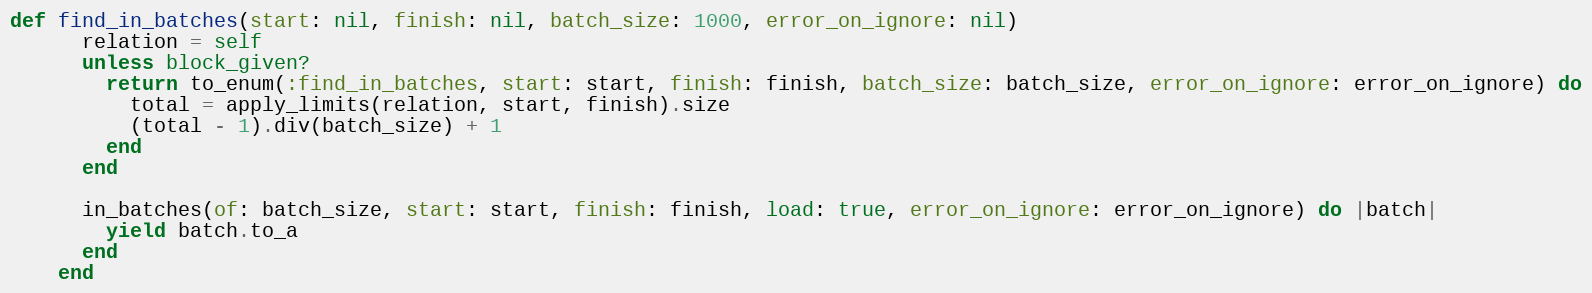
Language: Ruby
def find_in_batches(start: nil, finish: nil, batch_size: 1000, error_on_ignore: nil)
      relation = self
      unless block_given?
        return to_enum(:find_in_batches, start: start, finish: finish, batch_size: batch_size, error_on_ignore: error_on_ignore) do
          total = apply_limits(relation, start, finish).size
          (total - 1).div(batch_size) + 1
        end
      end

      in_batches(of: batch_size, start: start, finish: finish, load: true, error_on_ignore: error_on_ignore) do |batch|
        yield batch.to_a
      end
    end